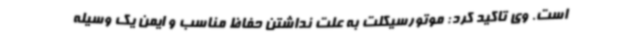
است. وی تاکید کرد: موتورسیکلت به علت نداشتن حفاظ مناسب و ایمن یک وسیله